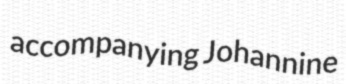
accompanying Johannine